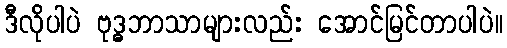
ဒီလိုပါပဲ ဗုဒ္ဓဘာသာများလည်း အောင်မြင်တာပါပဲ။